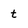
Character: t